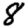
Digit: 8